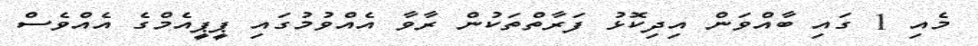
މެއި 1 ގައި ބާއްވަން އިދިކޮޅު ފަރާތްތަކުން ރާވާ އެއްވުމުގައި ޕީޕީއެމްގެ އެއްވެސް